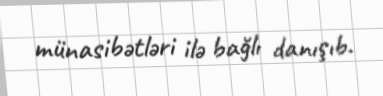
münasibətləri ilə bağlı danışıb.